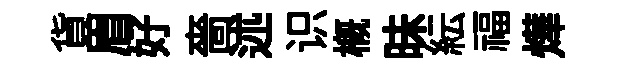
貨眉好嗇述识槪昧紜福燁